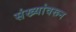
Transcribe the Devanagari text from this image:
संख्यांवरून